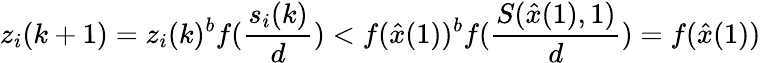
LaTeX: z_{i}(k+1)=z_{i}(k)^{b}f(\frac{s_{i}(k)}{d})<f(\hat{x}(1))^{b}f(\frac{S(\hat{x}(1),1)}{d})=f(\hat{x}(1))